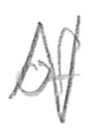
Text: of
Cross-out: zig-zag
Writing tool: pencil